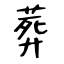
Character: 葬